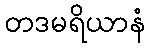
တဒမရိယာနံ